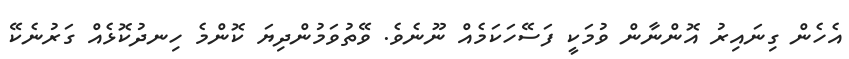
އެހެން ގިނައިރު އޮންނާން ވުމަކީ ފަސޭހަކަމެއް ނޫނެވެ. ވޭތުވަމުންދިޔަ ކޮންމެ ހިނދުކޮޅެއް ގަރުނެކޭ